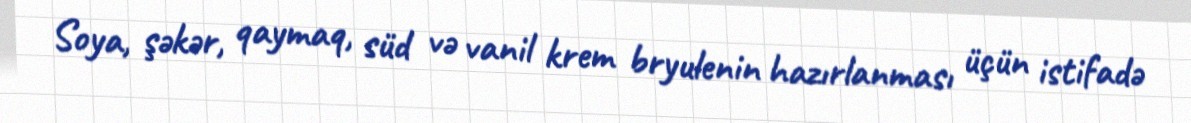
Soya, şəkər, qaymaq, süd və vanil krem bryulenin hazırlanması üçün istifadə